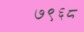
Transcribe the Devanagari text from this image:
७९६८